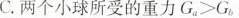
C.两个小球所受的重力G_a > G_b